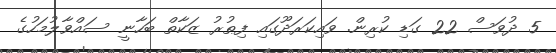
5 ދުވަސް 22 ގަޑި ކުރިން. ވައިކަރަދޫގައި ފިޠުރު ޒަކާތް ބަހާނީ ސައްވާލުމަހުގެ